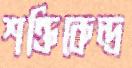
শক্তিকেন্দ্র